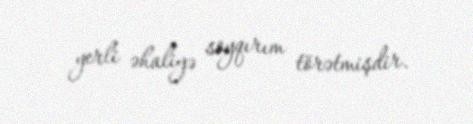
yerli əhaliyə soyqırım törətmişdir.